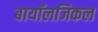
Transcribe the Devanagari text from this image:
बायॉलजिकल